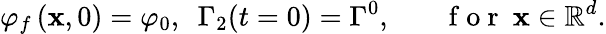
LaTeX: \varphi_{f}\left(\mathbf{x},0\right)=\varphi_{0},~~\Gamma_{2}(t=0)=\Gamma^{0},~~~~~~~\mathrm{~f~o~r~}~\mathbf{x}\in\mathbb{R}^{d}.